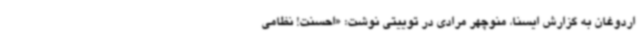
اردوغان به گزارش ایسنا، منوچهر مرادی در توییتی نوشت: «احسنت! نظامی